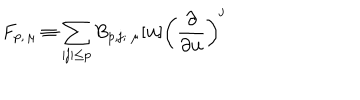
F _ { p , \, \mu } \equiv \sum _ { | \mathbf { j } | \le p } B _ { p , \mathbf { j } ; \ \mu } [ \mathbf { u } ] \left( \frac { \partial } { \partial \mathbf { u } } \right) ^ { \mathbf { j } }